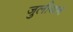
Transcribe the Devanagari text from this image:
जुलीयन